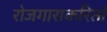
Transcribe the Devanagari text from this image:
रोजगाराकरितां